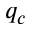
q _ { c }